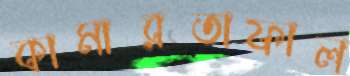
কামারতাফাল